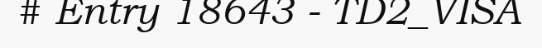
# Entry 18643 - TD2_VISA